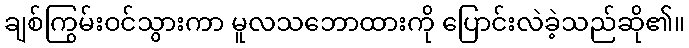
ချစ်ကြွမ်းဝင်သွားကာ မူလသဘောထားကို ပြောင်းလဲခဲ့သည်ဆို၏။